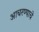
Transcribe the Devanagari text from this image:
आचरण्याचे